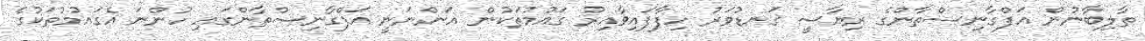
ތާލިބާނުން އަފްގާނިސްތާންގެ ރިޔާސީ ގަނޑުވަރު ހިފާފައިވާއިރު ގައުމުތަކުން އަންނަނީ އަފްގާނިސްތާންގައި ހުންނަ އެގައުމުތަކުގެ